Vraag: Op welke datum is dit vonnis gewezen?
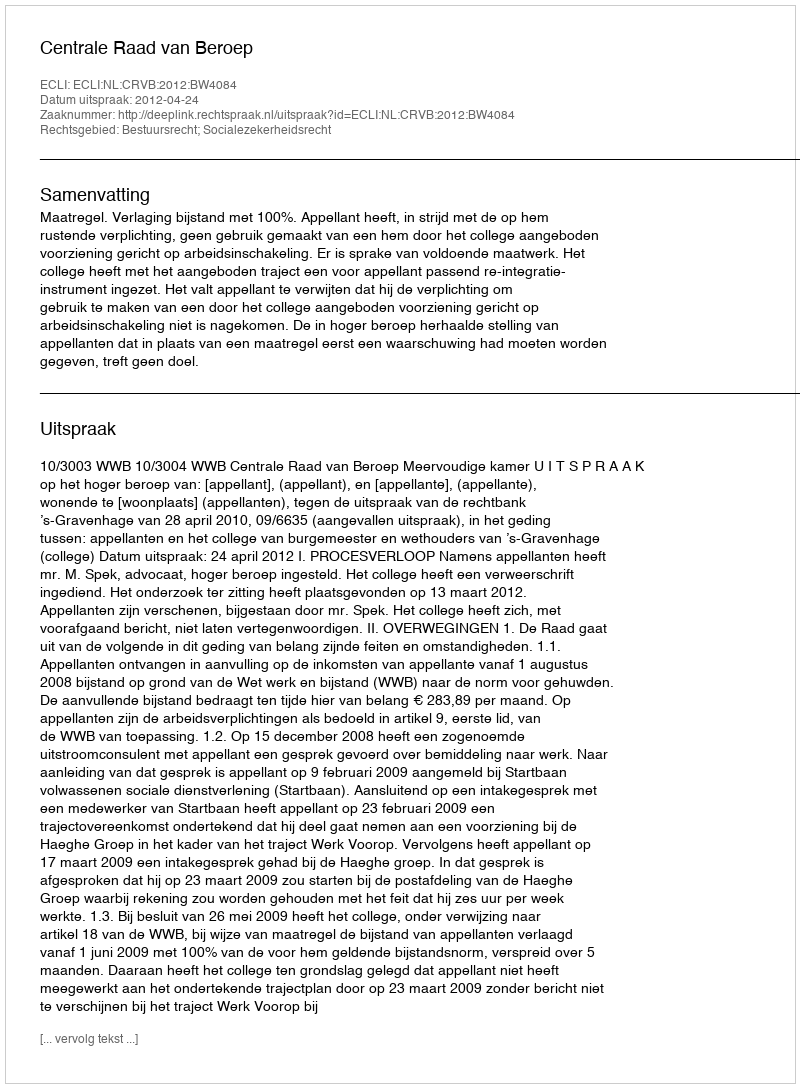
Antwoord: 2012-04-24